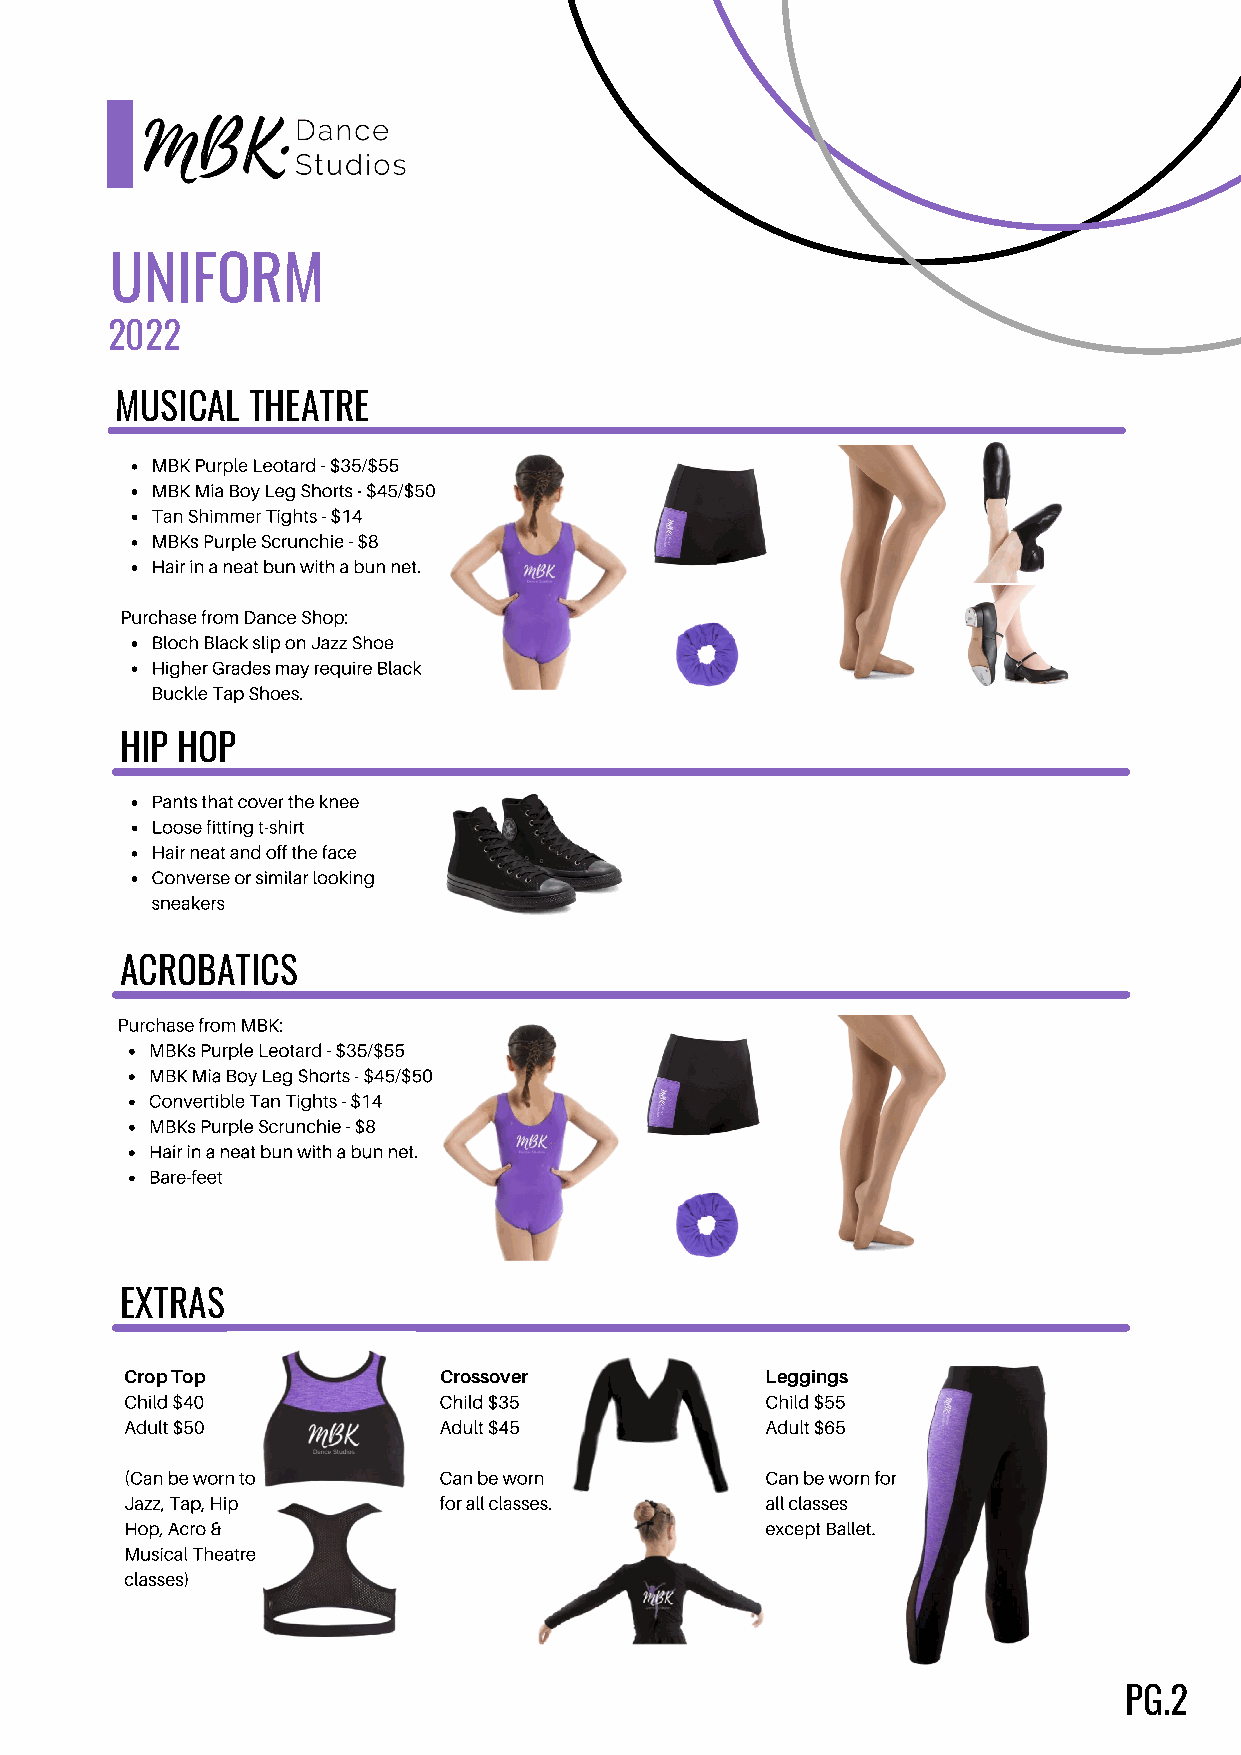
UNIFORM
 2022
 MUSICAL THEATRE
 MBK Purple Leotard - $35/$55
 MBK Mia Boy Leg Shorts - $45/$50
 Tan Shimmer Tights - $14
 MBKs Purple Scrunchie - $8
 Hair in a neat bun with a bun net.
 Purchase from Dance Shop:
 Bloch Black slip on Jazz Shoe
 Higher Grades may require Black
 Buckle Tap Shoes.
 HIP HOP
 Pants that cover the knee
 Loose fitting t-shirt
 Hair neat and off the face
 Converse or similar looking
 sneakers
 ACROBATICS
 Purchase from MBK:
 MBKs Purple Leotard - $35/$55
 MBK Mia Boy Leg Shorts - $45/$50
 Convertible Tan Tights - $14
 MBKs Purple Scrunchie - $8
 Hair in a neat bun with a bun net.
 Bare-feet
 EXTRAS
 Crop Top             Crossover             Leggings
 Child $40            Child $35             Child $55
 Adult $50            Adult $45             Adult $65
 (Can be worn to      Can be worn           Can be worn for
 Jazz, Tap, Hip       for all classes.      all classes
 Hop, Acro &                                except Ballet.
 Musical Theatre
 classes)
 PG.2